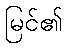
မြင်၏